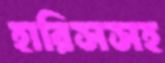
হারিসসহ